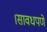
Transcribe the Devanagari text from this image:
।सावधपणे